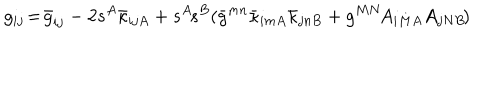
g _ { i j } \! = \! \bar { g } _ { i j } - 2 s ^ { A } \bar { \kappa } _ { i j A } + s ^ { A } \! s ^ { B } ( \bar { g } ^ { m n } \bar { \kappa } _ { i m A } \bar { \kappa } _ { j n B } + g ^ { M N } \! A _ { i M A } A _ { j N B } \! )